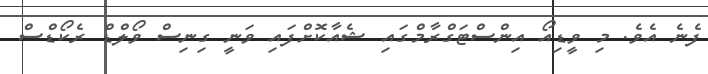
ފެނެ އެވެ. މި ވީޑިއޯ އިންސްޓަގްރާމްގައި ޝެއާކޮށްފައި ވަނީ ގިނިސް ވޯލްޑް ރެކޯޑްސް